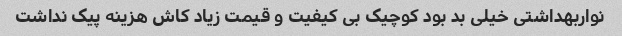
نواربهداشتی خیلی بد بود کوچیک بی کیفیت و قیمت زیاد کاش هزینه پیک نداشت